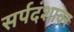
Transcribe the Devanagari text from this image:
सर्पदंशावर